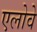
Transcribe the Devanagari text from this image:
एलोवे